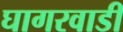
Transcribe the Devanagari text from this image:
घागरवाडी